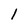
Character: 1